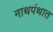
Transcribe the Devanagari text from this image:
नाथपंथात